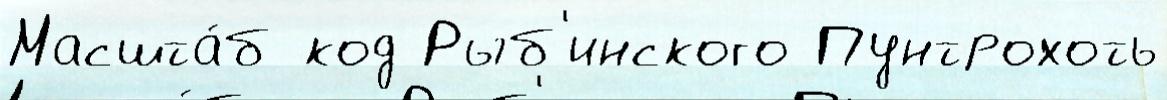
Масшта́б код Рыб'инского Пунтрохоть